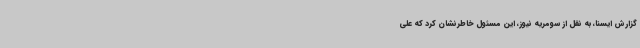
گزارش ایسنا، به نقل از سومریه نیوز، این مسئول خاطرنشان کرد که علی